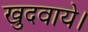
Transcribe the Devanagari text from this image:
खुदवाये।